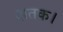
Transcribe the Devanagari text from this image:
शतक।